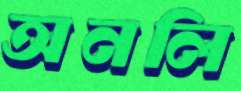
অনলি